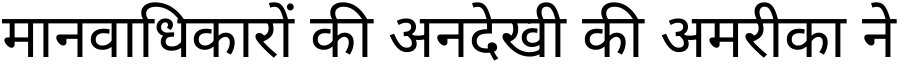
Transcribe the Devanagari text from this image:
मानवाधिकारों की अनदेखी की अमरीका ने